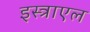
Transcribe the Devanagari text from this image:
इस्त्राएल